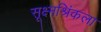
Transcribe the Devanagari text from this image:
सूक्ष्मश्रिंकला